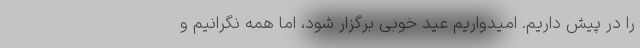
را در پیش داریم. امیدواریم عید خوبی برگزار شود، اما همه نگرانیم و